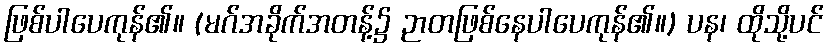
ဖြစ်ပါပေကုန်၏။ (မဂ်အခိုက်အတန့်၌ ဉာတဖြစ်နေပါပေကုန်၏။) ပန၊ ထိုသို့ပင်